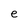
Character: e